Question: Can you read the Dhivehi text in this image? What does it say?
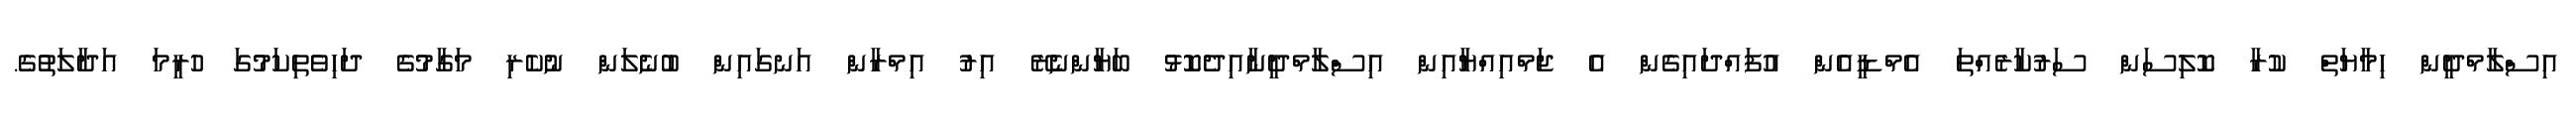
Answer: އިސްލާމްދީން ހިމާޔަތް ކުރާ ކޮލިސަން ސަރުކާރެއްތަ އެމްޑީއެން އުފައްދައިގެން އެ ޖަމްއިއްޔާއިން އިސްލާމްދީނާއިދެކޮޅު ބަޔާންނެރޭ އިރު އިމްރާން އަނގައިން ބުނެލަން ނުކެރި މަގާމުގެ ދަހިވެތިކަމުގަ ހުރީމަ އަދާލަތުގެ.